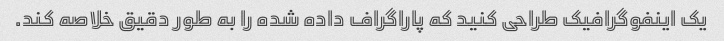
یک اینفوگرافیک طراحی کنید که پاراگراف داده شده را به طور دقیق خلاصه کند.